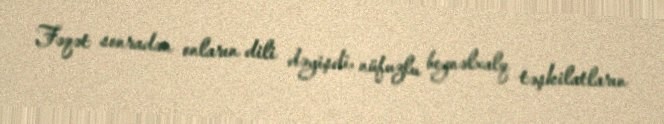
Fəqət sonradan onların dili dəyişdi, nüfuzlu beynəlxalq təşkilatların